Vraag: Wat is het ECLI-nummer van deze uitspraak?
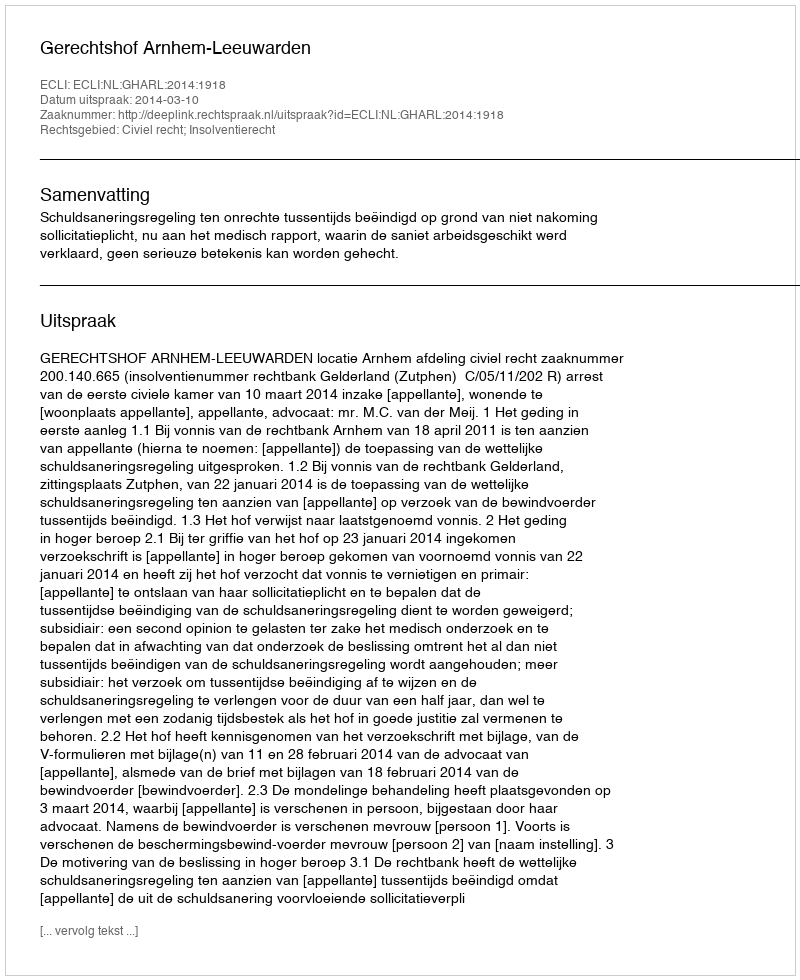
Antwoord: ECLI:NL:GHARL:2014:1918